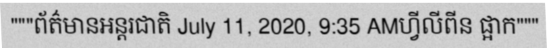
"""ព័ត៌មានអន្តរជាតិ July 11, 2020, 9:35 AMហ្វីលីពីន ផ្អាក"""